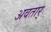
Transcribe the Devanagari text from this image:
अवतार्